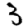
Digit: 3